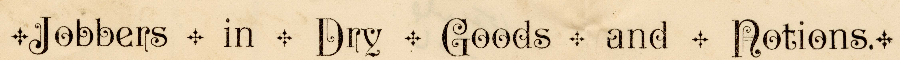
* Jobbers * in * Dry * Goods * and * Notions, *